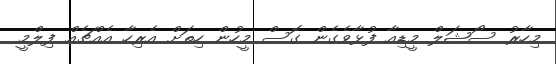
މިހާރު ސޯޝަލް މީޑިއާ ފުޅާވެގެން ގޮސް މީހުން ހިތަށް އެރިހާ އެއްޗެއް ފިލްމީ